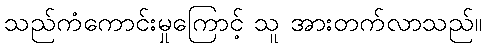
သည်ကံကောင်းမှုကြောင့် သူ အားတက်လာသည်။